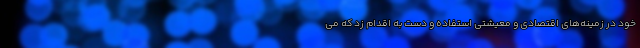
خود در زمینه‌های اقتصادی و معیشتی استفاده و دست به اقدام زد که می